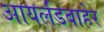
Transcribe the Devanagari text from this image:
आयर्लंडबाहेर